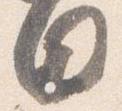
日